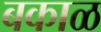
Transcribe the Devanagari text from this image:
बकाळ